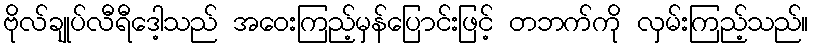
ဗိုလ်ချုပ်လီရီဒေါ့သည် အဝေးကြည့်မှန်ပြောင်းဖြင့် တဘက်ကို လှမ်းကြည့်သည်။